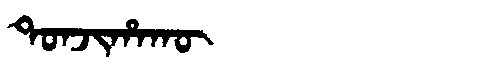
Manchu: ᡨᠣᠨᠵᡳᡥᠠᡴᡡ
Romanization: TONJIHAKŪ